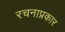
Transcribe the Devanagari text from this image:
रचनाप्रकार